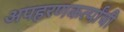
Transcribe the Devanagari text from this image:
अपहरणकर्त्यांची